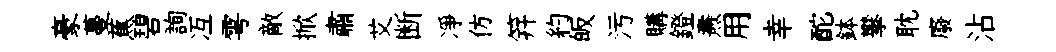
豪蔓蕉碧詢冱雩敵掀肅艾断凈仿笄約皈污購鐙燾用幸酡鉢攀耽廢沾